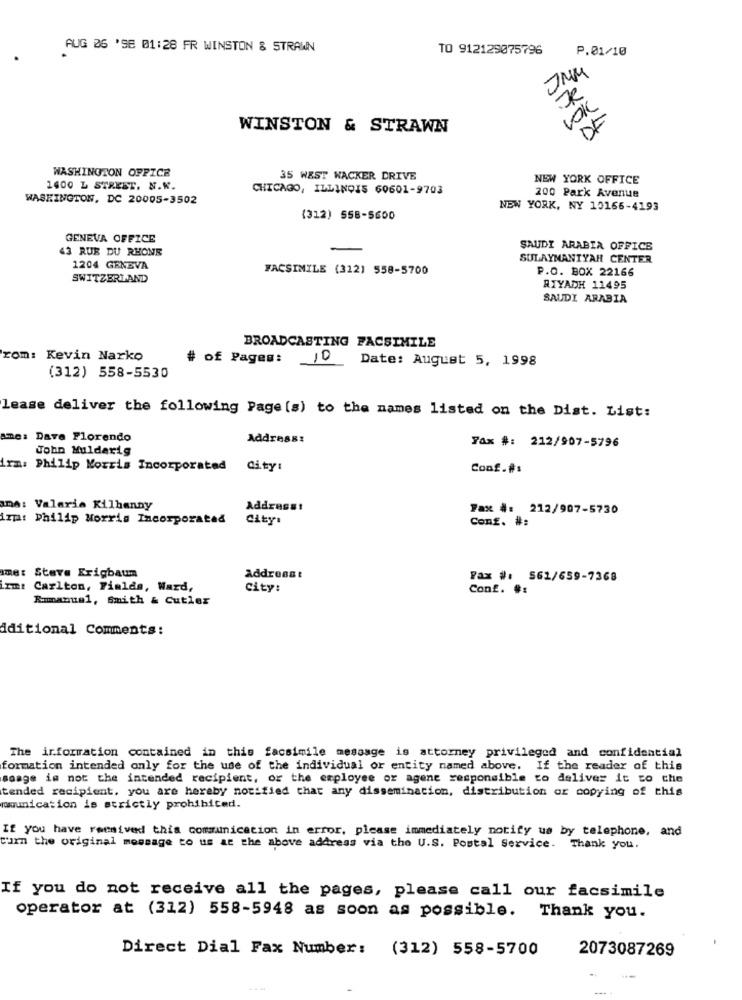
AUG 06 'SE 01:28 FR WINSTON & STRAWN
TO 912129075796
P.01/10
JUM
VOK
WINSTON & STRAWN
WASHINGTON OFFICE
35 WEST WACKER DRIVE
NEW YORK OFFICE
1400 L STREET. N.K.
CHICAGO, ILLINOIS 60601-9703
200 Park Avenue
WASHINGTON, DC 20005-3502
NEW YORK, NY 10166-4193
(312) 558-5600
GENEVA OFFICE
43 RUE DU RHONE
SAUDI ARABIA OFFICE
SULAYMANIYAH CENTER
1204 GENEVA
FACSIMILE (312) 558-5700
P.O. BOX 22166
SWITZERLAND
RIYADH 11495
SAUDI ARABIA
BROADCASTING FACSIMILE
rom: Kevin Narko
# of Pages:
10
Date: August 5, 1998
(312) 558-5530
lease deliver the following Page (s) to the names listed on the Dist. List:
ame: Dave Florendo
Address:
Fax #: 212/907-5796
John Muldarig
irm: Philip Morris Incorporated
City:
Conf.#:
ama: Valeria Kilhanny
Address:
Fax #: 212/907-5730
Arm: Philip Morris Incorporated
City:
Conf. #:
ame: Steve Erigbaum
Address :
Fax #: 561/659-7368
irm: Carlton, Fielda, Ward,
City:
Conf. #:
Emmanuel, Smith & Cutler
Aditional Comments:
The information contained in this facsimile message is attorney privileged and confidential
formation intended only for the use of the individual or entity named above. If the reader of this
soage is not the intended recipient, or the employee or agent responsible to deliver it to che
tended recipient, you are hereby notified that any dissemination, distribution or copying of this
mmunication is strictly prohibited.
If you have received this communication in error, please immediately notify us by telephone, and
turn the original message to us at the above address via the U.S. Postal Service. Thank you.
If you do not receive all the pages, please call our facsimile
operator at (312) 558-5948 as soon as possible. Thank you.
Direct Dial Fax Number: (312) 558-5700
2073087269